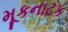
મૂકનાટક